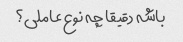
باشه دقیقا چه نوع عاملی؟